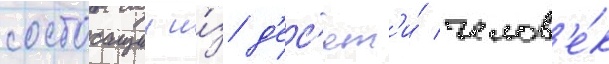
состоащии и́з д'ес'ят'и́ челов'е́к